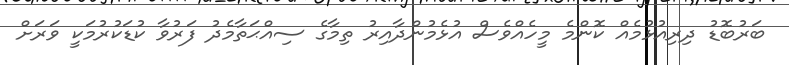
ބަރުބޮޑު ދިރިއުޅުމެއް ކޮންމެ މީހެއްވެސް އުޅެމުންދާއިރު ތިމާގެ ސިއްޙަތާމެދު ފަރުވާ ކުޑަކުރުމަކީ ވަރަށް